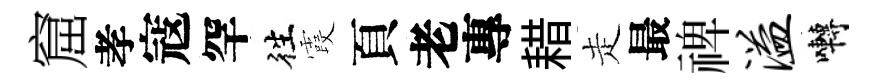
窟孝寇罕徃霞頁老專耤走最禆溢囀